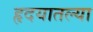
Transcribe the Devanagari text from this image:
हृदयातल्या